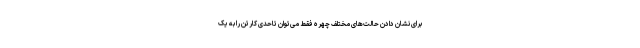
برای نشان دادن حالت‌های مختلف چهره فقط می‌توان تاحدی کارتن را به یک